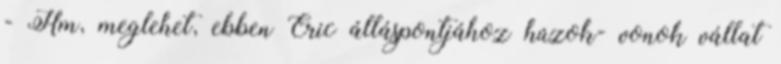
- Hm, meglehet, ebben Eric álláspontjához húzok- vonok vállat